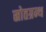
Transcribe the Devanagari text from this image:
स्रोतग्रन्थ